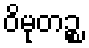
ဝိမုတဉ္စ